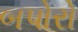
બપોરો